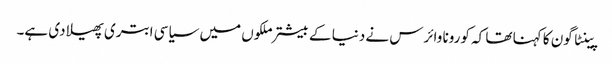
پینٹا گون کا کہنا تھا کہ کورونا وائرس نے دنیا کے بیشتر ملکوں میں سیاسی ابتری پھیلا دی ہے۔